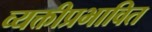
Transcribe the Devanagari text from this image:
व्यक्तीप्रभावित